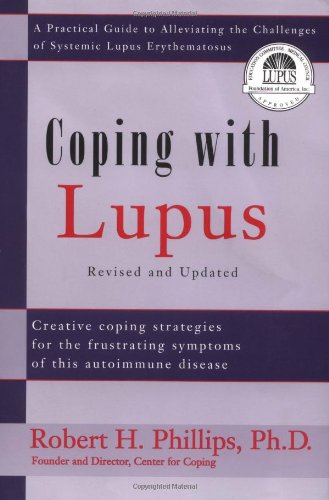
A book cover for Coping With Lupus: A Practical Guide to Alleviating the Challenges of Systemic Lupus Erythematosus; Robert H. Phillips; Health, Fitness & Dieting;